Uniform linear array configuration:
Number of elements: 48
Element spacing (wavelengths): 0.5
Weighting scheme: binomial
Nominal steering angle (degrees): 0
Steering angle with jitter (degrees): -0.7652
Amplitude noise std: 0.05
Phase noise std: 0.05

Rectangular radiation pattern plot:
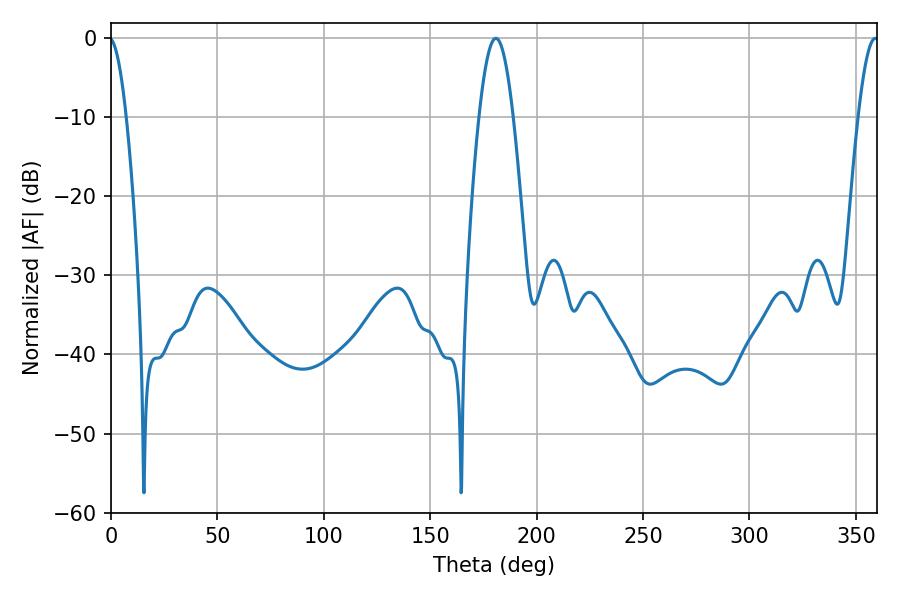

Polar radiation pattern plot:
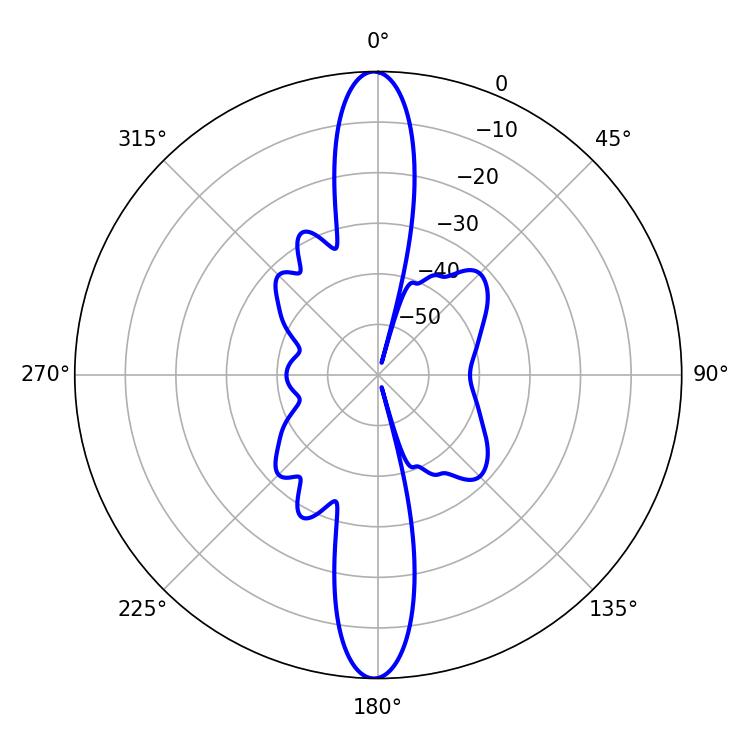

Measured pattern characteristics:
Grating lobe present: FALSE
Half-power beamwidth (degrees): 8.64
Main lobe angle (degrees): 180.9